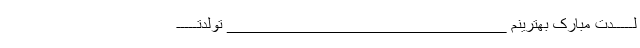
لـــــدت مبارک بهترینم _______________________________ تولدتـــــ